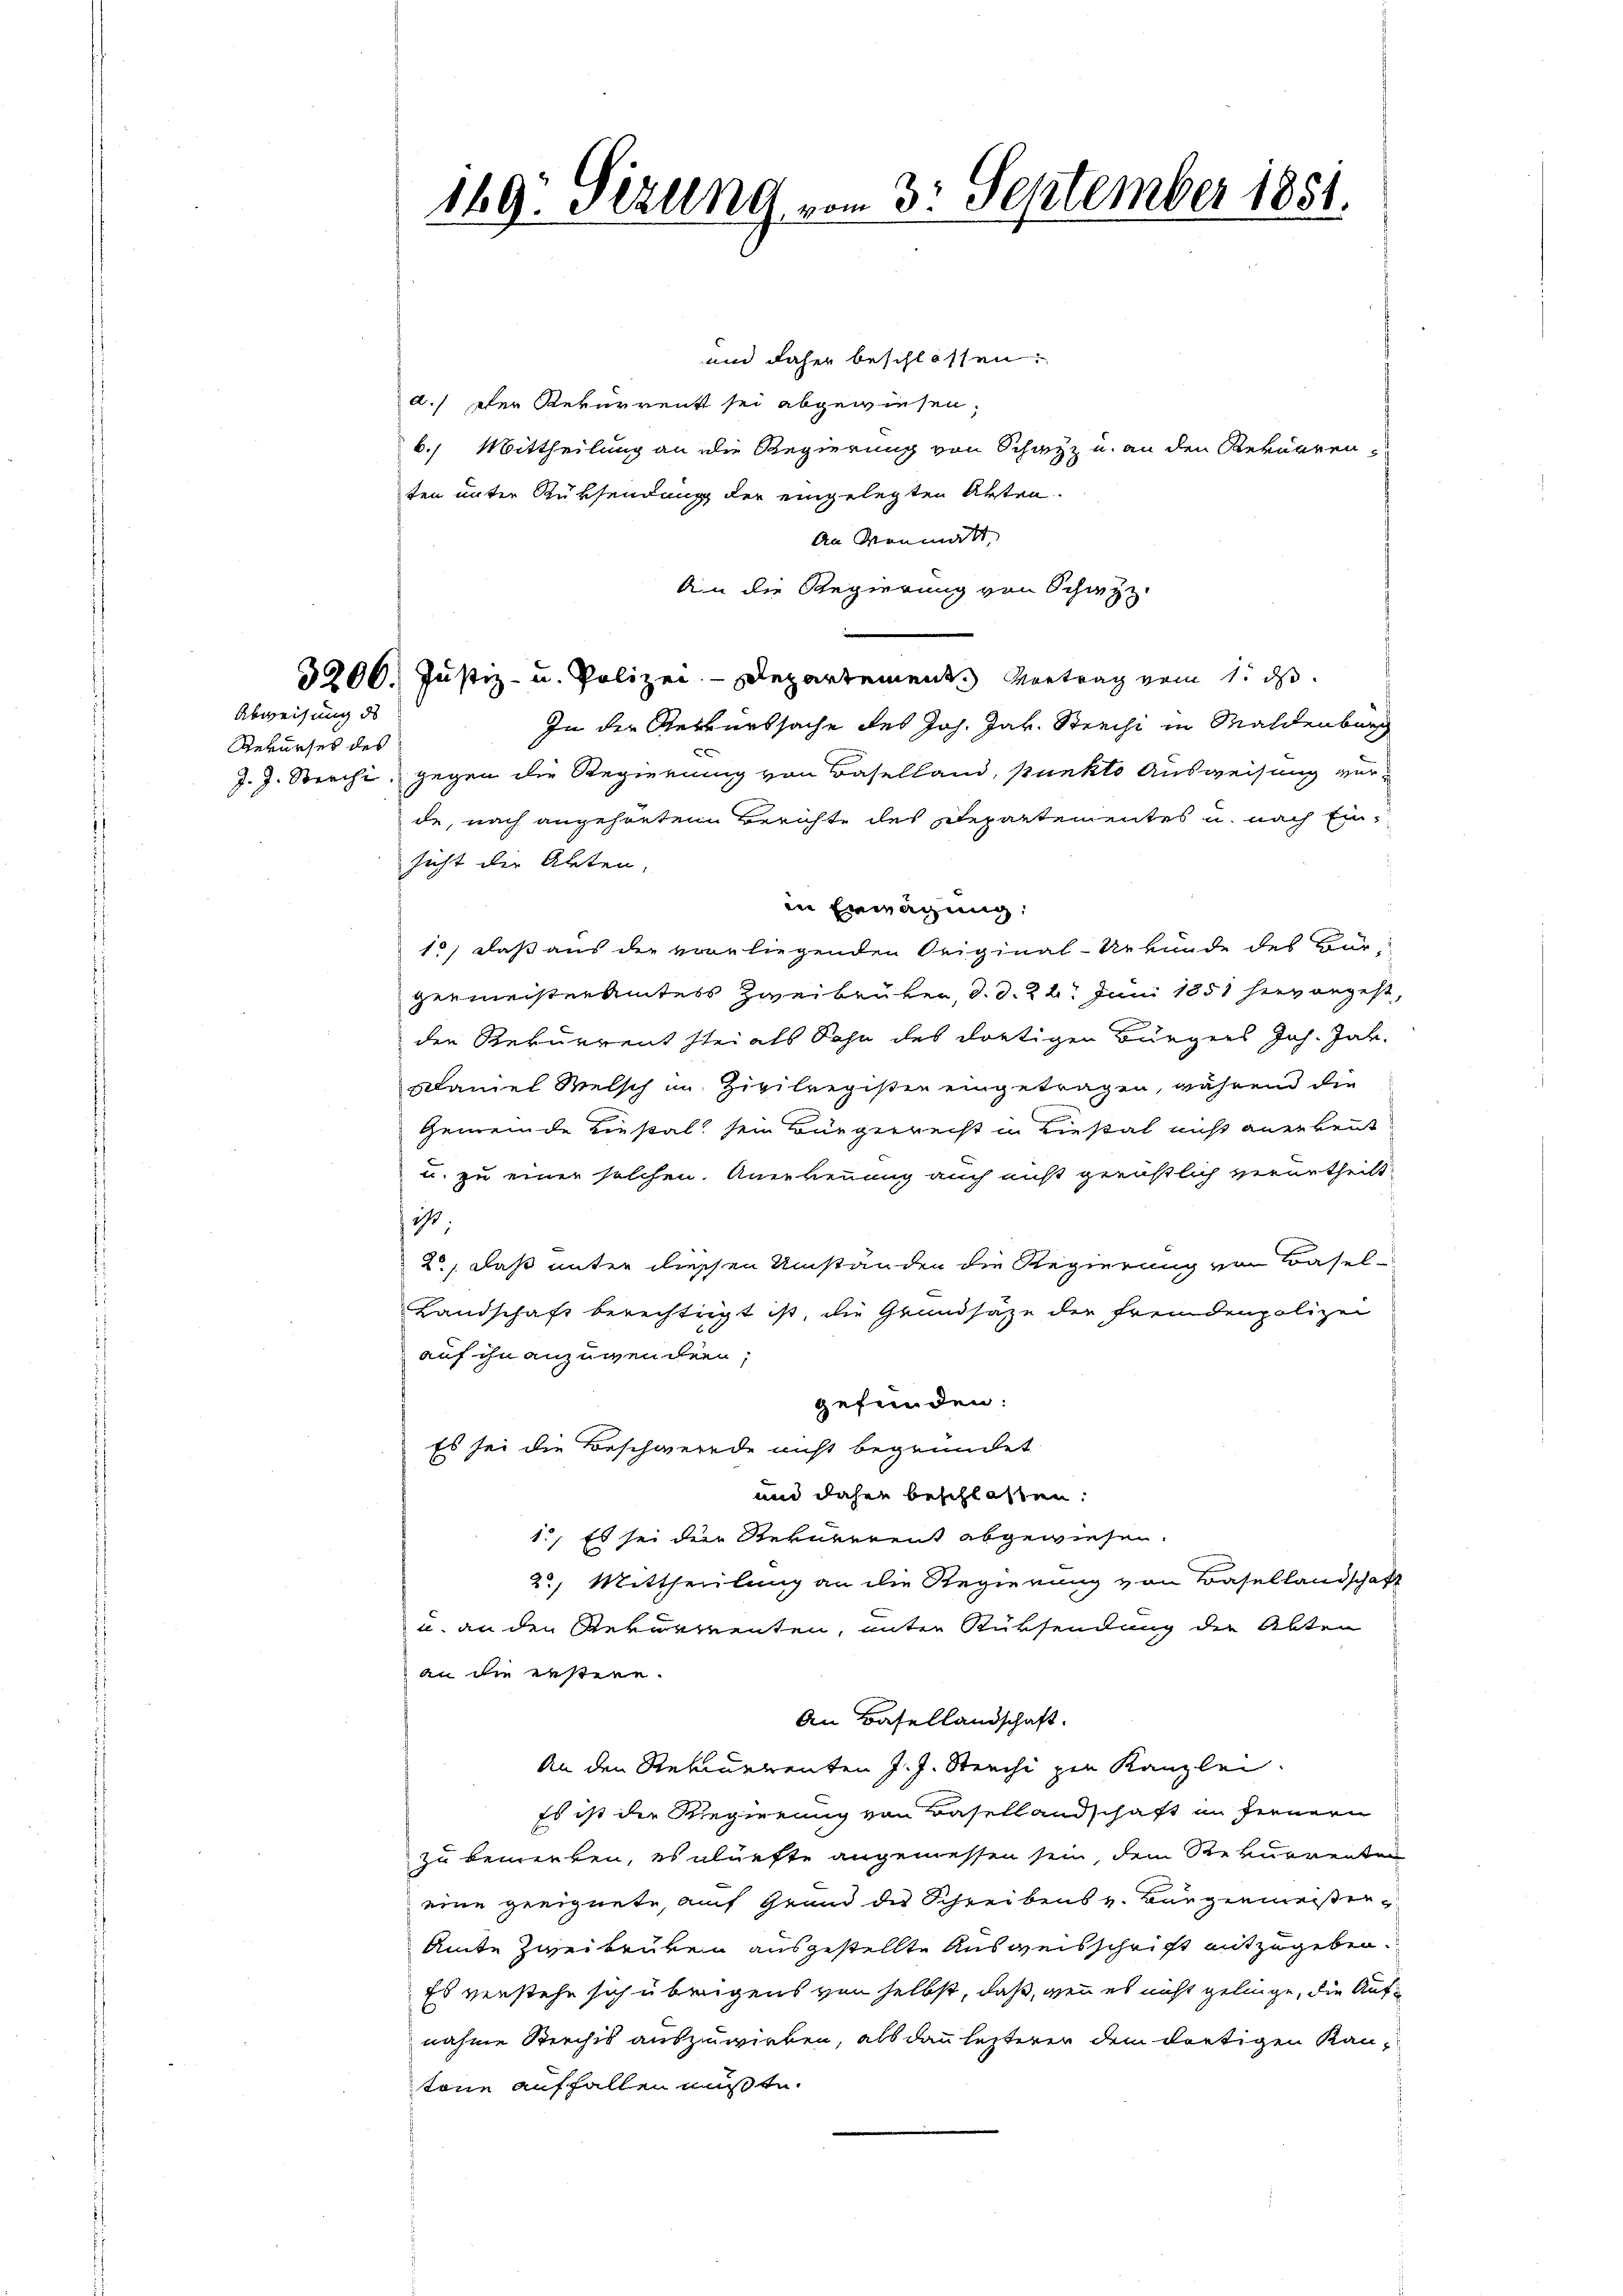
Rekurses des

Abweisung des

169: Sizung vom 3. September 1851.

und daher beschlossen:
d.) Der Rekurrent sei abgewiesen,
b. Mittheilung an die Regierung von Schutz u. an den Rekurrenten unter Rüksendung der eingelegten Arten.
An Menmatt,
An die Regierung von Schwyz.
.
3200. Justiz- u. Polizei-Departement. Vortrag vom 1. ds.
In der Rekurssache des Joh. Jak. Streichi in Maldenburg
J. J. Sprecht, gegen die Regierung von Baselland, punkto Ausweisung ver-
de, nach angehörten Berichte des Departementes u. nach Einsicht der Akten,
in Erwägung:
15, daß aus die vorliegenden Original-Urkunde des Bürgenmeisterämters Zweibrüken, d. d. 22. Juni 1851 hervorgeht,
den Rekurrent stei als Sohn des dortigen Bürgers Joh. Jak.
Klaniel Welsch im Zivilregister eingetragen, während die
Gemeinde Liestal, sein Bürgerrecht in Liestal nicht anerkennt
u. zu einer solchen. Anerkennung auch nicht gerüstlich verurtheilt
10.
2, daß unter diessen Umständen die Regierung von Basel¬
Landschaft berechtigt ist, die Grundsaze der fremdenpolizei
auf ihn anzugendern,
gefunden:
Es sei die Beschwerede nicht begründet
und daher beschlossen:
1., Es sei der Rekurrent abgewiesen.
22. Mittheilung an die Regierung von Basellandschaft
u. an den Rekurrenten, unter Rüksendung der Abter
an die erstern.
An Basellandschaft.
An den Rekurrenten J. J. Sterchi zur Kanzlei.
Es ist die Regierung von Basellandschaft in fernern
zu bemerken, es alürfte angemessen sein, dem Rekurrenten
eine geeignete, auf Grund des Schreibens v. Bürgermeisten¬
Amte Zweikrüken ausgestellte Ausweisschrift mitzugeben.
Es verstehe sich übrigens von selbst, daß, wenn es nicht gelinge, die Aufnahme Siechis auszuwirken, als dann letzterer dem dortigen Kantone auffallen mußte.